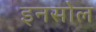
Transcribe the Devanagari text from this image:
इनसोल